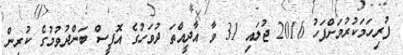
ފުރިހަމަކުރުމަށްފަހު 2016 ޖުލައި 31 ވާ އާދީއްތަ ދުވަހުގެ އޮފީސް ބަންދުވުމުގެ ކުރިން